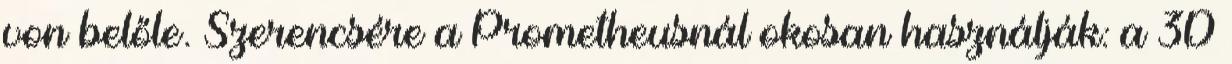
von belőle. Szerencsére a Prometheusnál okosan használják: a 3D